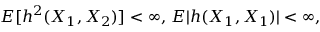
E [ h ^ { 2 } ( X _ { 1 } , X _ { 2 } ) ] < \infty , \, E | h ( X _ { 1 } , X _ { 1 } ) | < \infty ,